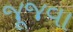
જૂજવા